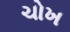
ચોખ